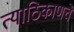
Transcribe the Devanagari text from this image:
त्याठिकाणचे